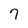
Character: 7